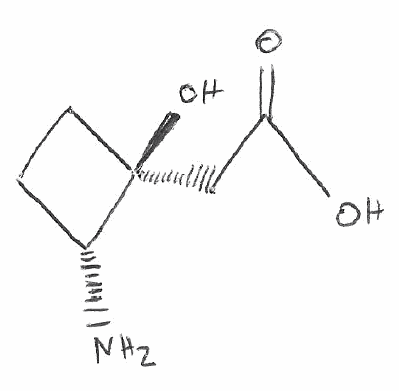
Simplified molecular-input line-entry system (SMILES) notation of the given molecule:
C1C[C@@]([C@@H]1N)(CC(=O)O)O